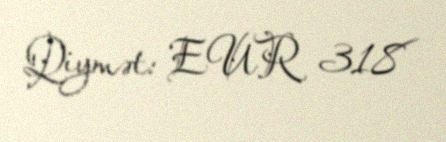
Qiymət: EUR 318